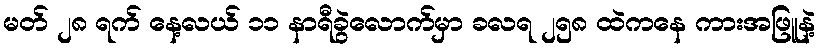
မတ် ၂၈ ရက် နေ့လယ် ၁၁ နာရီခွဲလောက်မှာ ခလရ ၂၅၈ ထဲကနေ ကားအဖြူနဲ့